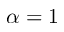
\alpha = 1